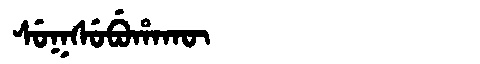
Manchu: ᠰᡠᡴᠰᡠᠪᡠᡥᠠᡴᡡ
Romanization: SUKSUBUHAKŪ